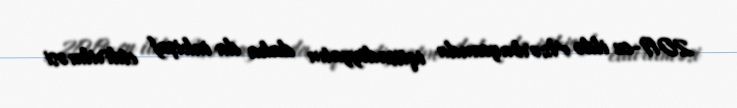
2019-cu ildə Azərbaycanda iqtisadiyyatın daha da inkişaf etdirilməsi